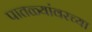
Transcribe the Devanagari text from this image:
पातळ्यांवरच्या